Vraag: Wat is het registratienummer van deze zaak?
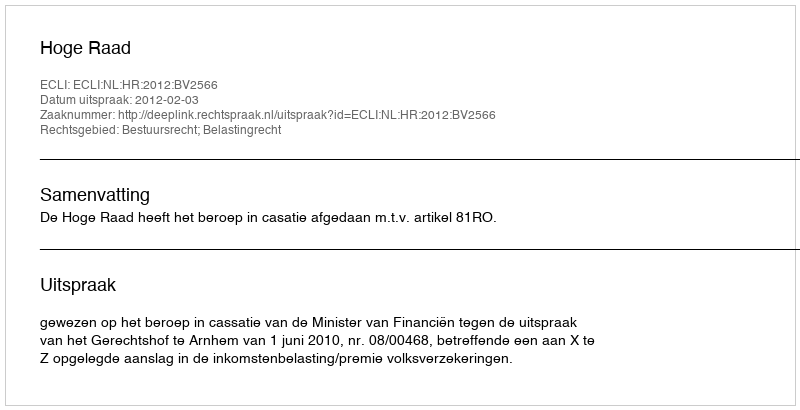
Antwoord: http://deeplink.rechtspraak.nl/uitspraak?id=ECLI:NL:HR:2012:BV2566